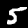
Digit: 5